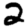
Digit: 2